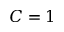
C = 1